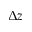
\Delta z